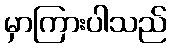
မှာကြားပါသည်